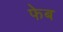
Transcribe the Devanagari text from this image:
फेब